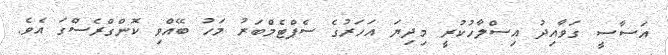
އަސާސީ ގަވާއިދު އިސްލާހުކުރީ މިދިޔަ އަހަރުގެ ސެޕްޓެމްބަރު މަހު ބޭއްވި ކޮންގްރެސްގަ އެވެ.